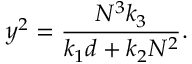
y ^ { 2 } = \frac { N ^ { 3 } k _ { 3 } } { k _ { 1 } d + k _ { 2 } N ^ { 2 } } .